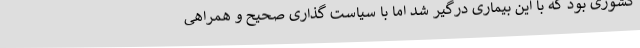
کشوری بود که با این بیماری درگیر شد اما با سیاست گذاری صحیح و همراهی